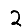
Digit: 2